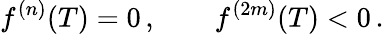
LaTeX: f^{(n)}(T)=0\, ,\qquad f^{(2m)}(T)<0\, .